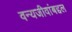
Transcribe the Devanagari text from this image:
वन्यजीवांबद्दल